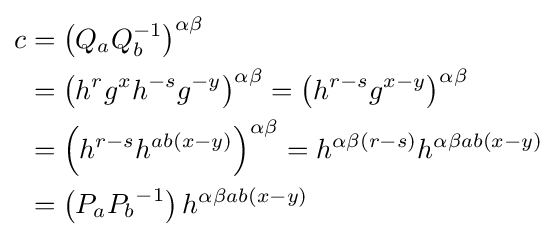
{\begin{aligned}c&=\left(Q_{a}Q_{b}^{-1}\right)^{\alpha \beta }\\&=\left(h^{r}g^{x}h^{-s}g^{-y}\right)^{\alpha \beta }=\left(h^{r-s}g^{x-y}\right)^{\alpha \beta }\\&=\left(h^{r-s}h^{ab(x-y)}\right)^{\alpha \beta }=h^{\alpha \beta (r-s)}h^{\alpha \beta ab(x-y)}\\&=\left(P_{a}{P_{b}}^{-1}\right)h^{\alpha \beta ab(x-y)}\end{aligned}}